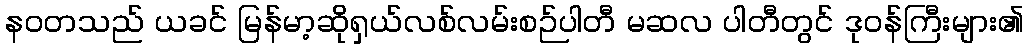
နဝတသည် ယခင် မြန်မာ့ဆိုရှယ်လစ်လမ်းစဉ်ပါတီ မဆလ ပါတီတွင် ဒုဝန်ကြီးများ၏